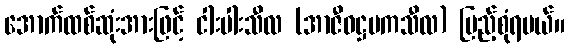
အောက်ထစ်ဆုံးအားဖြင့် ငါးပါးသီလ (အာဇီဝဋ္ဌမကသီလ) ပြည့်စုံရမယ်။